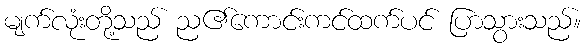
မျက်လုံးတို့သည် ည၏ကောင်းကင်ထက်ပင် ပြာသွားသည်။